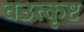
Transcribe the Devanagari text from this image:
वउत्कृष्ट